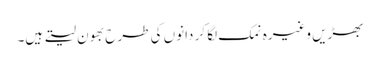
بھڑیں وغیرہ نمک لگا کر دانوں کی طرح بھون لیتے ہیں۔